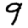
Digit: 9